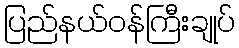
ပြည်နယ်ဝန်ကြီးချုပ်